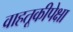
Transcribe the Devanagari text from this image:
वाहतूकीपेक्षा